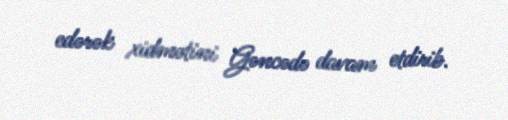
edərək xidmətini Gəncədə davam etdirib.